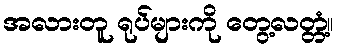
အလားတူ ရုပ်များကို တွေ့လတ္တံ့။